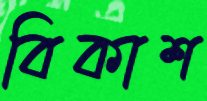
বিকাশ